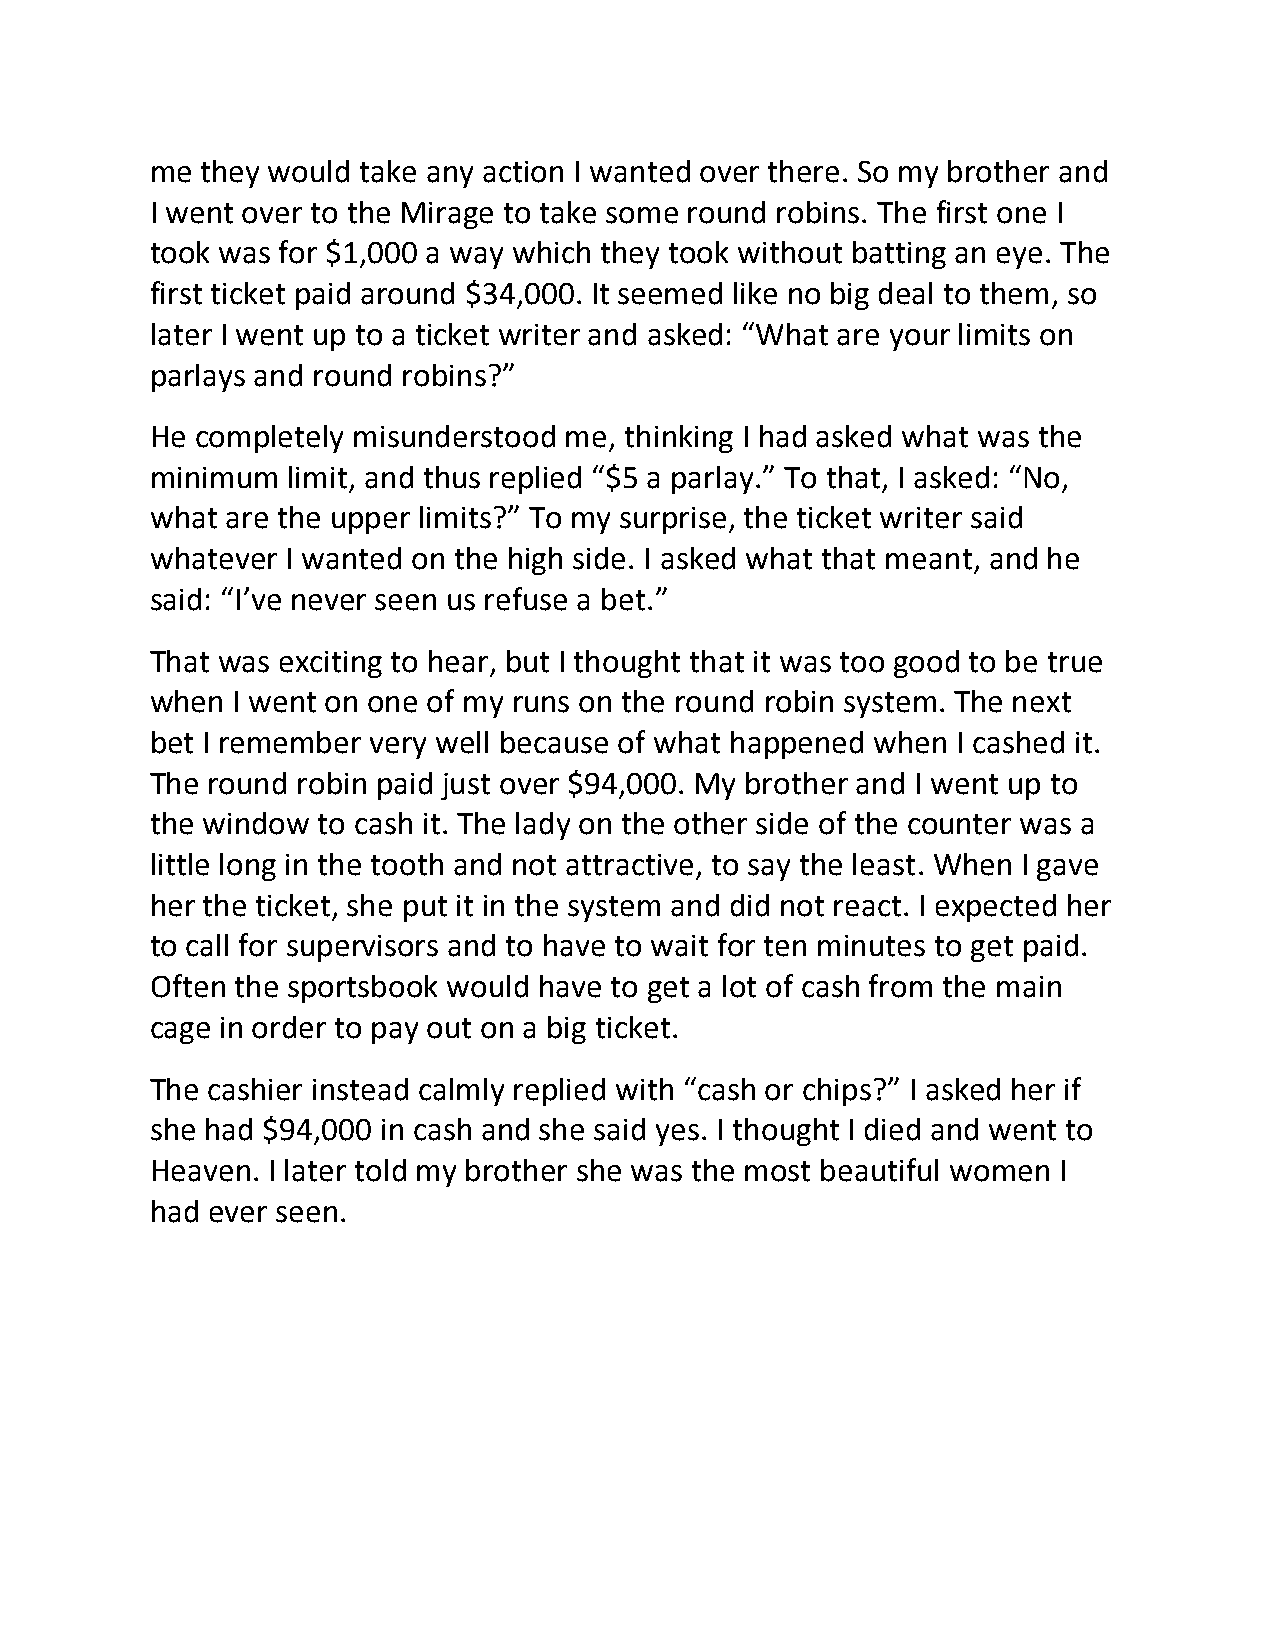
me they would take any action I wanted over there. So my brother and
 I went over to the Mirage to take some round robins. The first one I
 took was for $1,000 a way which they took without batting an eye. The
 first ticket paid around $34,000. It seemed like no big deal to them, so
 later I went up to a ticket writer and asked: “What are your limits on
 parlays and round robins?”
 He completely misunderstood me, thinking I had asked what was the
 minimum  limit, and thus replied “$5 a parlay.” To that, I asked: “No,
 what are the upper limits?” To my surprise, the ticket writer said
 whatever I wanted on the high side. I asked what that meant, and he
 said: “I’ve never seen us refuse a bet.”
 That was exciting to hear, but I thought that it was too good to be true
 when I went on one of my runs on the round robin system. The next
 bet I remember very well because of what happened when I cashed it.
 The round robin paid just over $94,000. My brother and I went up to
 the window to cash it. The lady on the other side of the counter was a
 little long in the tooth and not attractive, to say the least. When I gave
 her the ticket, she put it in the system and did not react. I expected her
 to call for supervisors and to have to wait for ten minutes to get paid.
 Often the sportsbook would have to get a lot of cash from the main
 cage in order to pay out on a big ticket.
 The cashier instead calmly replied with “cash or chips?” I asked her if
 she had $94,000 in cash and she said yes. I thought I died and went to
 Heaven. I later told my brother she was the most beautiful women I
 had ever seen.